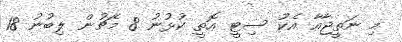
މި ނަތީޖާއާ އެކު ސިޓީ އޮތީ ކުޅުނު 8 މެޗުން ލިބުނު 18